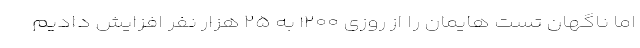
اما ناگهان تست هایمان را از روزی ۱۲۰۰ به ۲۵ هزار نفر افزایش دادیم